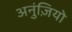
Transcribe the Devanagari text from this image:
अनुंज़ियो